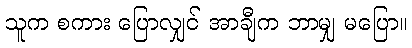
သူက စကား ပြောလျှင် အာချီက ဘာမျှ မပြော။